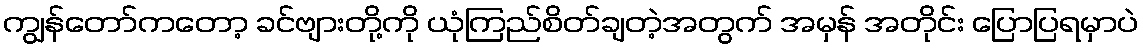
ကျွန်တော်ကတော့ ခင်ဗျားတို့ကို ယုံကြည်စိတ်ချတဲ့အတွက် အမှန် အတိုင်း ပြောပြရမှာပဲ